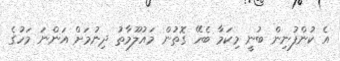
އެ ކުންފުނިން ބުނީ މިކަމާ ބެހޭ ގޮތުން މައުލޫމާތު ދިނުމަށް އަންނަ މަހުގެ